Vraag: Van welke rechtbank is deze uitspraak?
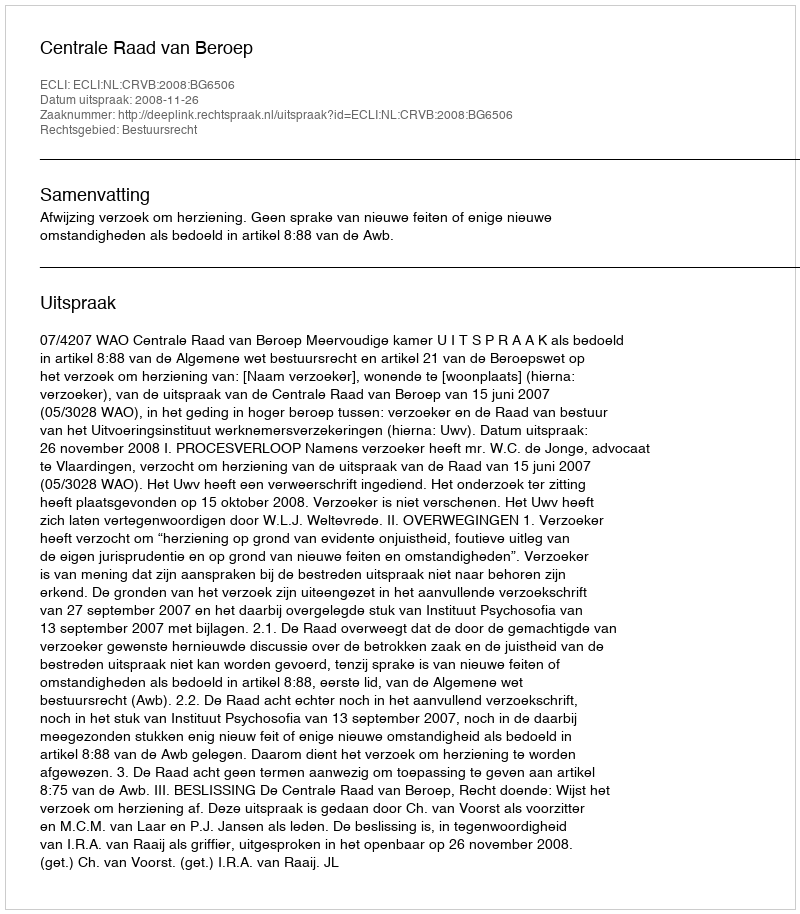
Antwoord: Centrale Raad van Beroep